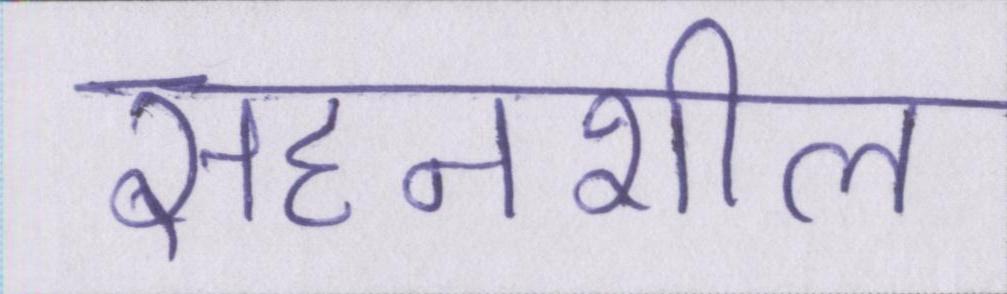
सहनशील